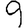
Digit: 9